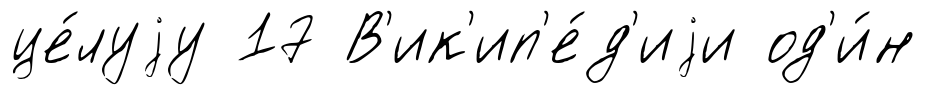
це́луjу 17 В'ик'ип'е́д'иjи од'и́н